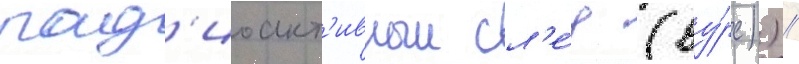
рад'иоакт'ивныи сл'е́д (ву́рс)) //